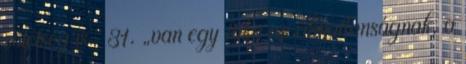
sötétség is.” 31. „van egy foka az álmatlanságnak, a